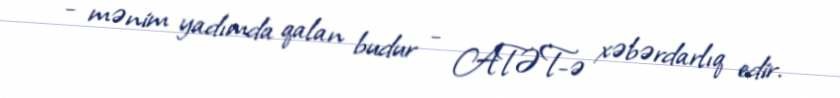
- mənim yadımda qalan budur - ATƏT-ə xəbərdarlıq edir.